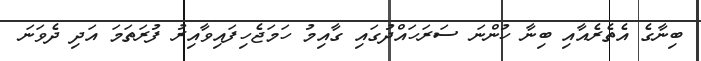
ބިނާގެ އެތެރެއާއި ބިނާ ހުންނަ ސަރަހައްދުގައި ގާއިމު ހަމަޖެހިފައިވާއިރު ފުރަތަމަ އަދި ދެވަނަ